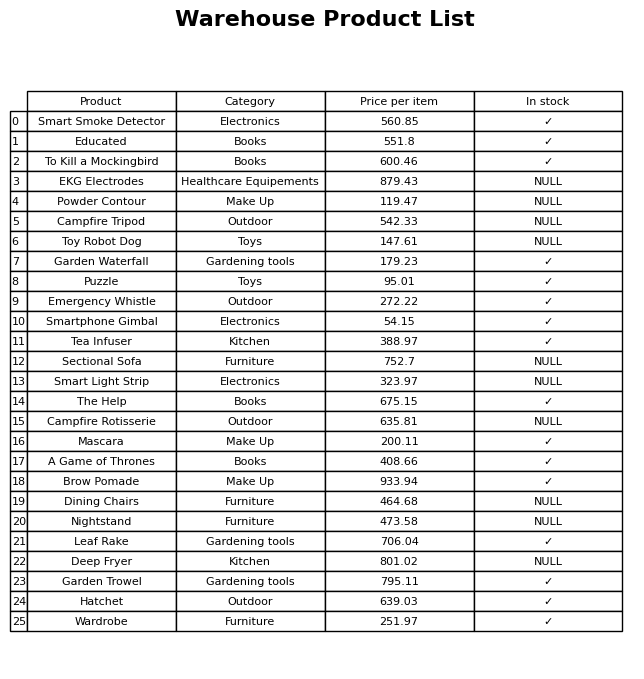
question: What is the price for Nightstand?
answer: The price of Nightstand is 473.58.